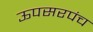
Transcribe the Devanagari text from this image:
ऊपसरपंच